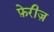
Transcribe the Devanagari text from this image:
फ़ेरीज़